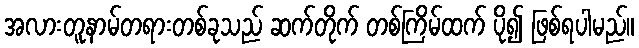
အလားတူနာမ်တရားတစ်ခုသည် ဆက်တိုက် တစ်ကြိမ်ထက် ပို၍ ဖြစ်ရပါမည်။